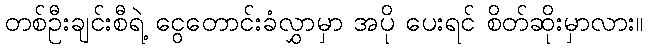
တစ်ဦးချင်းစီရဲ့ ငွေတောင်းခံလွှာမှာ အပို ပေးရင် စိတ်ဆိုးမှာလား။